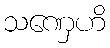
သဏှေဟိ